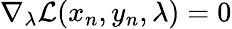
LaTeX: \nabla_{\lambda}\mathcal{L}(x_{n},y_{n},\lambda)=0